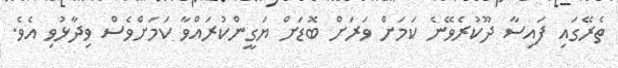
ތެރޭގައި ފައިސާ ދޫކުރެވޭނެ ކަމަށް ވަރަށް ބޮޑަށް ޔަގީންކުރައްވާ ކަމަށްވެސް ވިދާޅުވި އެވެ.